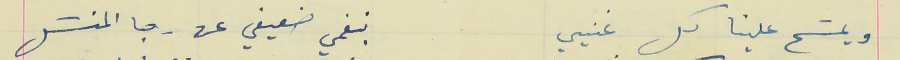
ويمسَح علينا كل غنيي                                              بنغمي ضعيفي عن رجا المنسَل